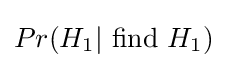
Pr(H_{1}|{\text{ find }}H_{1})